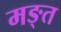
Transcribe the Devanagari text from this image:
मङ्त